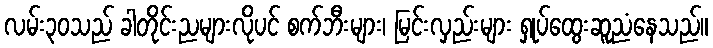
လမ်း၃၀သည် ခါတိုင်းညများလိုပင် စက်ဘီးများ၊ မြင်းလှည်းများ ရှုပ်ထွေးဆူညံနေသည်။